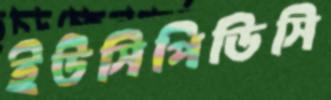
ইউসিপিডিসি